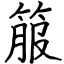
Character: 箙